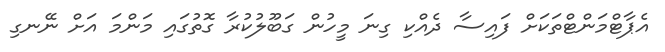
އެޕާޓްމަންޓްތަކަށް ފައިސާ ދެއްކި ގިނަ މީހުން ގަބޫލުކުރާ ގޮތުގައި މަންމަ އަށް ނޭނގި